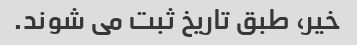
خیر، طبق تاریخ ثبت می شوند.